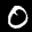
Label: 0